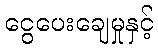
ငွေပေးချေမှုနှင့်